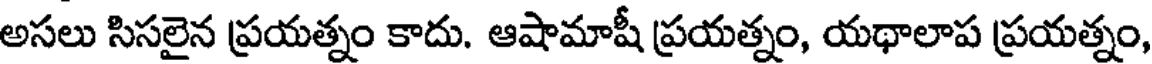
అసలు సిసలైన ప్రయత్నం కాదు. ఆషామాషీ ప్రయత్నం, యథాలాప ప్రయత్నం,